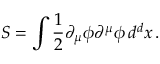
S = \int { \frac { 1 } { 2 } } \partial _ { \mu } \phi \partial ^ { \mu } \phi \, d ^ { d } x \, .